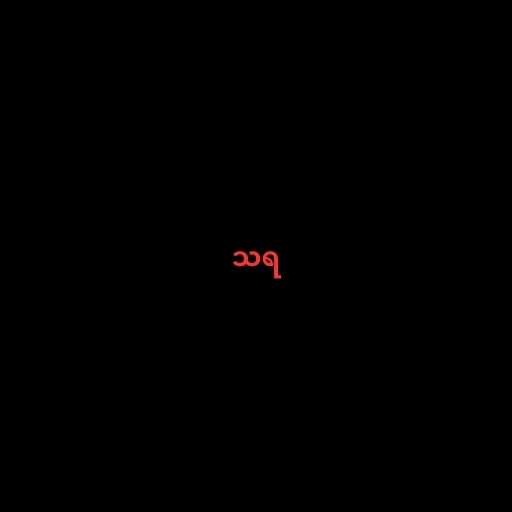
သရ